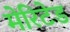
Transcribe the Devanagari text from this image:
मेरिटेड